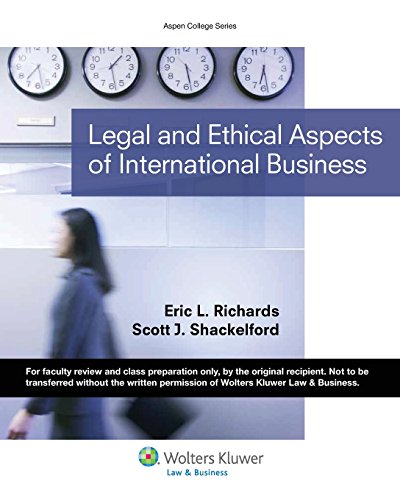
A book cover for Legal & Ethical Aspects of International Business (Aspen College Series); Eric L. Richards; Law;